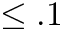
\leq . 1